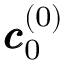
\pmb { c } _ { 0 } ^ { ( 0 ) }